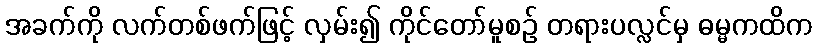
အခက်ကို လက်တစ်ဖက်ဖြင့် လှမ်း၍ ကိုင်တော်မူစဉ် တရားပလ္လင်မှ ဓမ္မကထိက